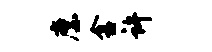
縻舍许